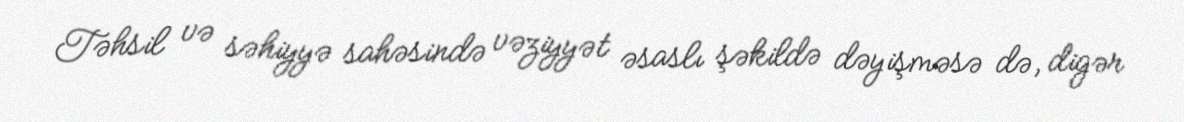
Təhsil və səhiyyə sahəsində vəziyyət əsaslı şəkildə dəyişməsə də, digər